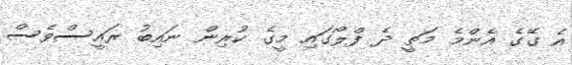
އެ ގޭގެ އެންމެ މަތީ ދެ ފްލޯގައި މީގެ ކުރިން ނައިބު ރައީސްވެސް